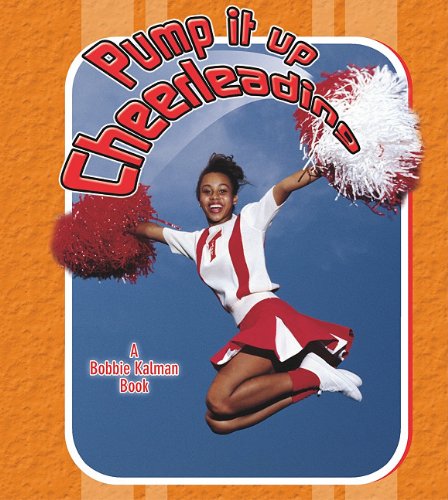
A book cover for Pump It Up Cheerleading (Sports Starters (Crabtree Library)); Margaret Webb; Children's Books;